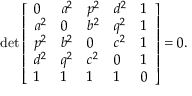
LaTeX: \operatorname* { d e t } { \left[ \begin{array} { l l l l l } { 0 } & { a ^ { 2 } } & { p ^ { 2 } } & { d ^ { 2 } } & { 1 } \\ { a ^ { 2 } } & { 0 } & { b ^ { 2 } } & { q ^ { 2 } } & { 1 } \\ { p ^ { 2 } } & { b ^ { 2 } } & { 0 } & { c ^ { 2 } } & { 1 } \\ { d ^ { 2 } } & { q ^ { 2 } } & { c ^ { 2 } } & { 0 } & { 1 } \\ { 1 } & { 1 } & { 1 } & { 1 } & { 0 } \end{array} \right] } = 0 .